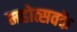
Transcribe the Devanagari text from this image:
महोत्सवके